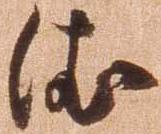
依